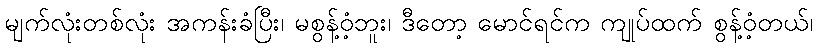
မျက်လုံးတစ်လုံး အကန်းခံပြီး၊ မစွန့်ဝံ့ဘူး၊ ဒီတော့ မောင်ရင်က ကျုပ်ထက် စွန့်ဝံ့တယ်၊